Supplement to the account of plague administration in the Bombay Presidency from September 1896 till May 1897
Year: 1896
Disease focus: Plague
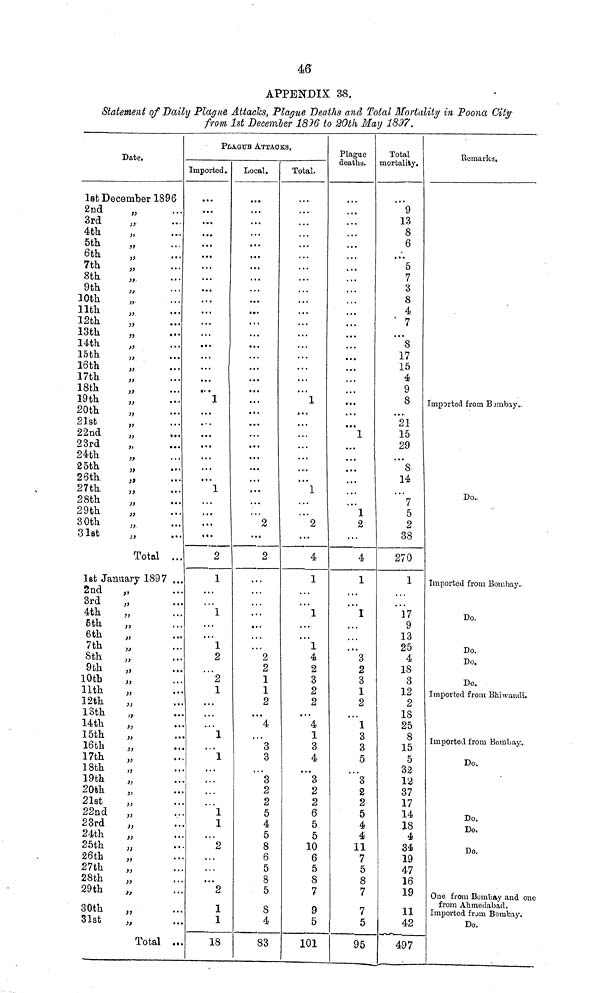
46
APPENDIX 38.
Statement of Daily Plague Attacks, Plague Deaths and Total Mortality in Poona City
from 1st December 1896 to 20th May 1897.
Date.
1st December 1896
2nd
3rd
4th
5th
6th
7th
8th
9th
10th
11th
12th
13th
14th
15th
16th
17th
18th
19th
20th
21st
22nd
23rd
24th
25th
26th
27th
28th
29th
30th
31st
,,
,,
,,
,,
,,
,,
,,
,,
,,
,,
,,
,,
,,
,,
,,
,,
,,
,,
,,
,,
,,
,,
,,
,,
,,
,,
,,
,,
,,
Total
1st January 1897
2nd ,,
3rd
4th
5th
6th
7th
8th
9th
10th
11th
12th
13th
14th
15th
16th
17th
18th
19th
20th
21st
22nd
23rd
24th
25th
26th
27th
28th
29th
30th
31st
,,
,,
,,
,,
,,
,,
,,
,,
,,
,,
,,
,,
,,
,,
,,
,,
,,
,,
,,
,,
,,
,,
,,
,,
,,
,,
,,
,,
Total
...
...
...
...
...
...
...
• • •
...
...
...
...
...
...
...
...
•••
...
...
...
...
...
...
...
...
...
...
...
...
...
...
...
...
...
...
...
...
...
...
...
...
...
...
...
...
...
...
PLAGUE ATTACKS.
Imported.
...
...
...
• • •
...
...
...
...
...
...
...
...
• • •
...
1
...
...
...
...
...
1
...
...
• • •
2
1
1
...
...
1
2
...
2
1
...
...
...
1
...
1
...
...
...
1
1
...
2
...
...
...
2
1
1
18
Local.
Total.
...
...
...
...
...
...
...
...
• ••
• ••
...
• • •
...
...
...
...
...
...
...
...
...
...
...
...
2
...
2
...
...
...
...
...
2
2
1
1
2
...
4
...
3
3
...
3
2
2
5
4
5
8
6
5
8
5
8
4
83
...
...
...
1
...
1
...
2
...
4
1
1
...
1
4
2
3
2
2
...
4
1
3
4
3
2
2
6
5
5
10
6
5
8
7
9
5
101
Plague
deaths.
1
1
2
4
1
...
1
...
3
2
3
1
2
1
3
3
5
3
2
2
5
4
4
11
7
5
8
7
7
5
95
Total
mortality.
9
13
8
6
7
3
8
4
7
8
17
15
4
9
8
21
15
29
8
14
7
5
2
38
270
1
...
17
9
13
25
4
18
3
12
2
18
25
8
15
5
32
12
37
17
14
18
4
34
19
47
16
19
11
42
497
Remarks,
Imported from Bombay.
Do.
Imported from Bombay.
Do
Do.
Do.
Do.
Imported from Bhiwandi.
Imported from Bombay.
Do.
•
DO.
DO DO.
Do
One from Bombay and one
from Ahmedabad.
Imported from Bombay
Do.